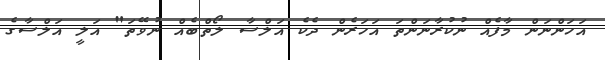
އަހަންނަން މާފެއް ނުކުރާނަންތަ އަހަރެން ދެކެ އަލްސާ ލޯތްބެއް ނުވޭތަ" އަލީ އަލްސާގެ